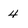
Character: 4